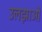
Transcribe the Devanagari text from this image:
उलझाओ